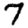
Digit: 7